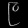
Digit: ၉